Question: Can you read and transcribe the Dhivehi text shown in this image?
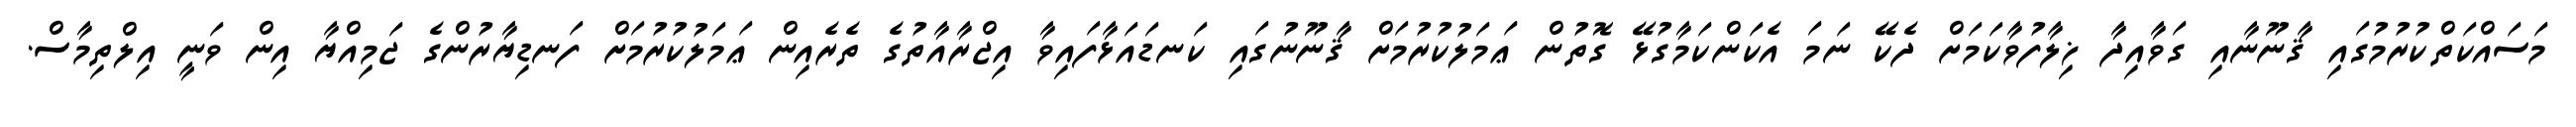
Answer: މަސައްކަތްކުރުމުގައި ޤާނޫނާއި ގަވާއިދާ ޚިލާފުވާކަމަށް ދެކޭ ނަމަ އެކަންކަމާގުޅޭ ގޮތުން ޢަމަލުކުރުމަށް ޤާނޫނުގައި ކަނޑައަޅާފައިވާ އިޖްރާއާތުގެ ތެރެއިން ޢަމަލުކުރުމަށް ފަނޑިޔާރުންގެ ޖަމިއްޔާ އިން ވަނީ އިލްތިމާސް.